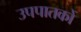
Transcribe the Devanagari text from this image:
उपपातकों